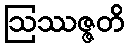
ဩဿဇ္ဇတိ